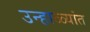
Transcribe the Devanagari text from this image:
उन्हाळ्यांत